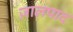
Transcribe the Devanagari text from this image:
ज़ालपाद